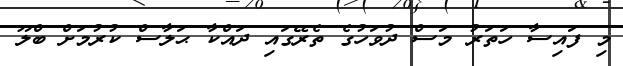
މި ފައިސާ ހަތަރު މަސް ދުވަހުގެ ތެރޭގައި ދައްކާ ޙަލާސް ކުރުމަށް ބްލޫ